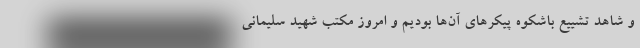
و شاهد تشییع باشکوه پیکر‌های آن‌ها بودیم و امروز مکتب شهید سلیمانی